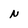
Character: N